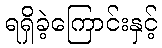
ရရှိခဲ့ကြောင်းနှင့်